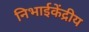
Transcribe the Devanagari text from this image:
निभाईकेंद्रीय